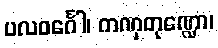
ပလဝင်္ဂေါ၊ ကဏှတုဏ္ဍော၊